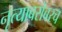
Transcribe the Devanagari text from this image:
नृत्याबरोबरच